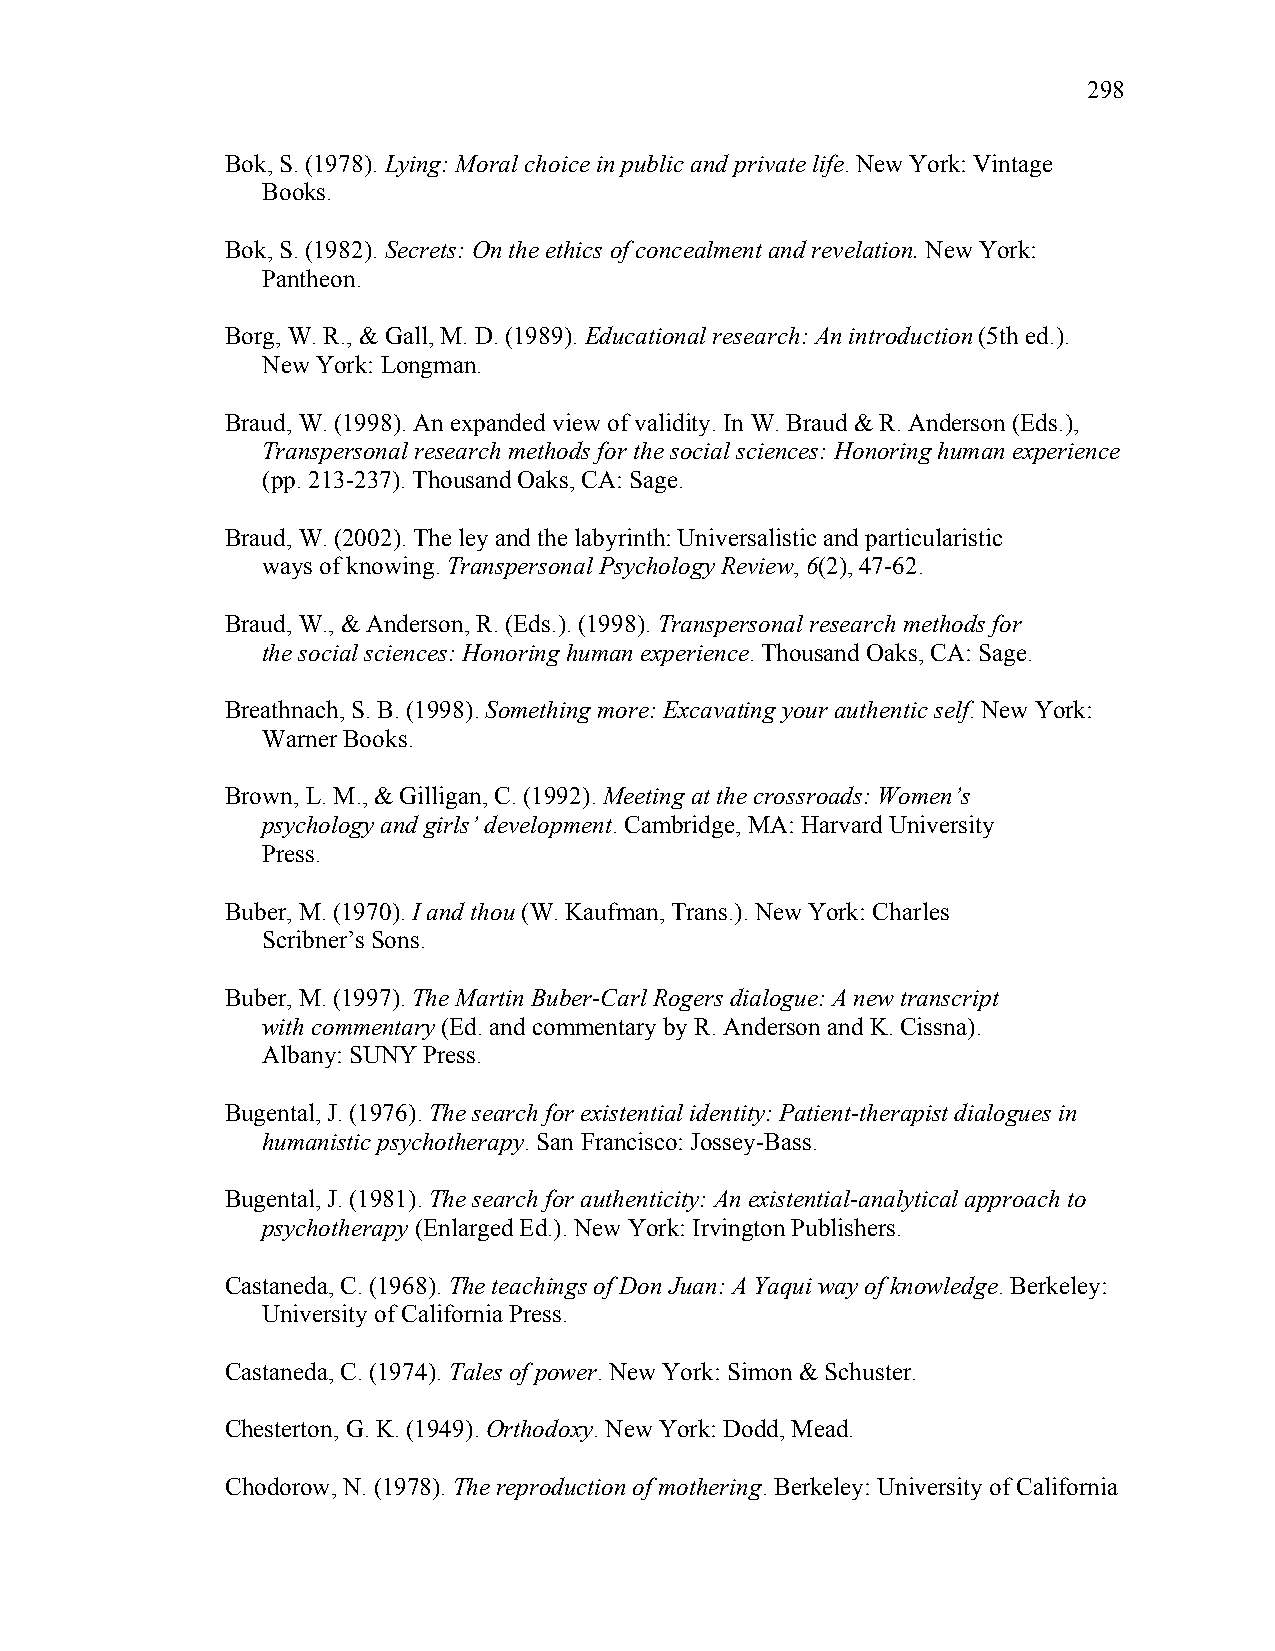
298
 Bok, S. (1978). Lying: Moral choice in public and private life. New York: Vintage
 Books.
 Bok, S. (1982). Secrets: On the ethics of concealment and revelation. New York:
 Pantheon.
 Borg, W. R., & Gall, M. D. (1989). Educational research: An introduction (5th ed.).
 New York: Longman.
 Braud, W. (1998). An expanded view of validity. In W. Braud & R. Anderson (Eds.),
 Transpersonal research methods for the social sciences: Honoring human experience
 (pp. 213-237). Thousand Oaks, CA: Sage.
 Braud, W. (2002). The ley and the labyrinth: Universalistic and particularistic
 ways of knowing. Transpersonal Psychology Review, 6(2), 47-62.
 Braud, W., & Anderson, R. (Eds.). (1998). Transpersonal research methods for
 the social sciences: Honoring human experience. Thousand Oaks, CA: Sage.
 Breathnach, S. B. (1998). Something more: Excavating your authentic self. New York:
 Warner Books.
 Brown, L. M., & Gilligan, C. (1992). Meeting at the crossroads: Women’s
 psychology and girls’ development. Cambridge, MA: Harvard University
 Press.
 Buber, M. (1970). I and thou (W. Kaufman, Trans.). New York: Charles
 Scribner’s Sons.
 Buber, M. (1997). The Martin Buber-Carl Rogers dialogue: A new transcript
 with commentary (Ed. and commentary by R. Anderson and K. Cissna).
 Albany: SUNY Press.
 Bugental, J. (1976). The search for existential identity: Patient-therapist dialogues in
 humanistic psychotherapy. San Francisco: Jossey-Bass.
 Bugental, J. (1981). The search for authenticity: An existential-analytical approach to
 psychotherapy (Enlarged Ed.). New York: Irvington Publishers.
 Castaneda, C. (1968). The teachings of Don Juan: A Yaqui way of knowledge. Berkeley:
 University of California Press.
 Castaneda, C. (1974). Tales of power. New York: Simon & Schuster.
 Chesterton, G. K. (1949). Orthodoxy. New York: Dodd, Mead.
 Chodorow, N. (1978). The reproduction of mothering. Berkeley: University of California